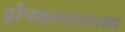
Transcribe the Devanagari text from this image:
द्वीपकल्पासारखा